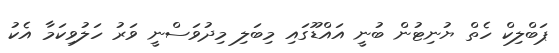
ޕަބްލިކް ހެތް ޔުނިޓުން ބުނީ އައްޑޫގައި މިބަލި މިދުވަސްނީ ވަރު ހަލުވިކަމާ އެކު